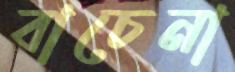
বাচেনা